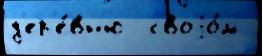
д'ер'е́вн'ю  своjо́м